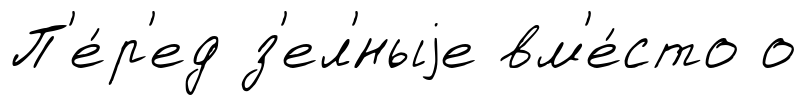
П'е́р'ед з'ел'́ныjе вм'е́сто о